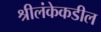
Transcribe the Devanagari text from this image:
श्रीलंकेकडील